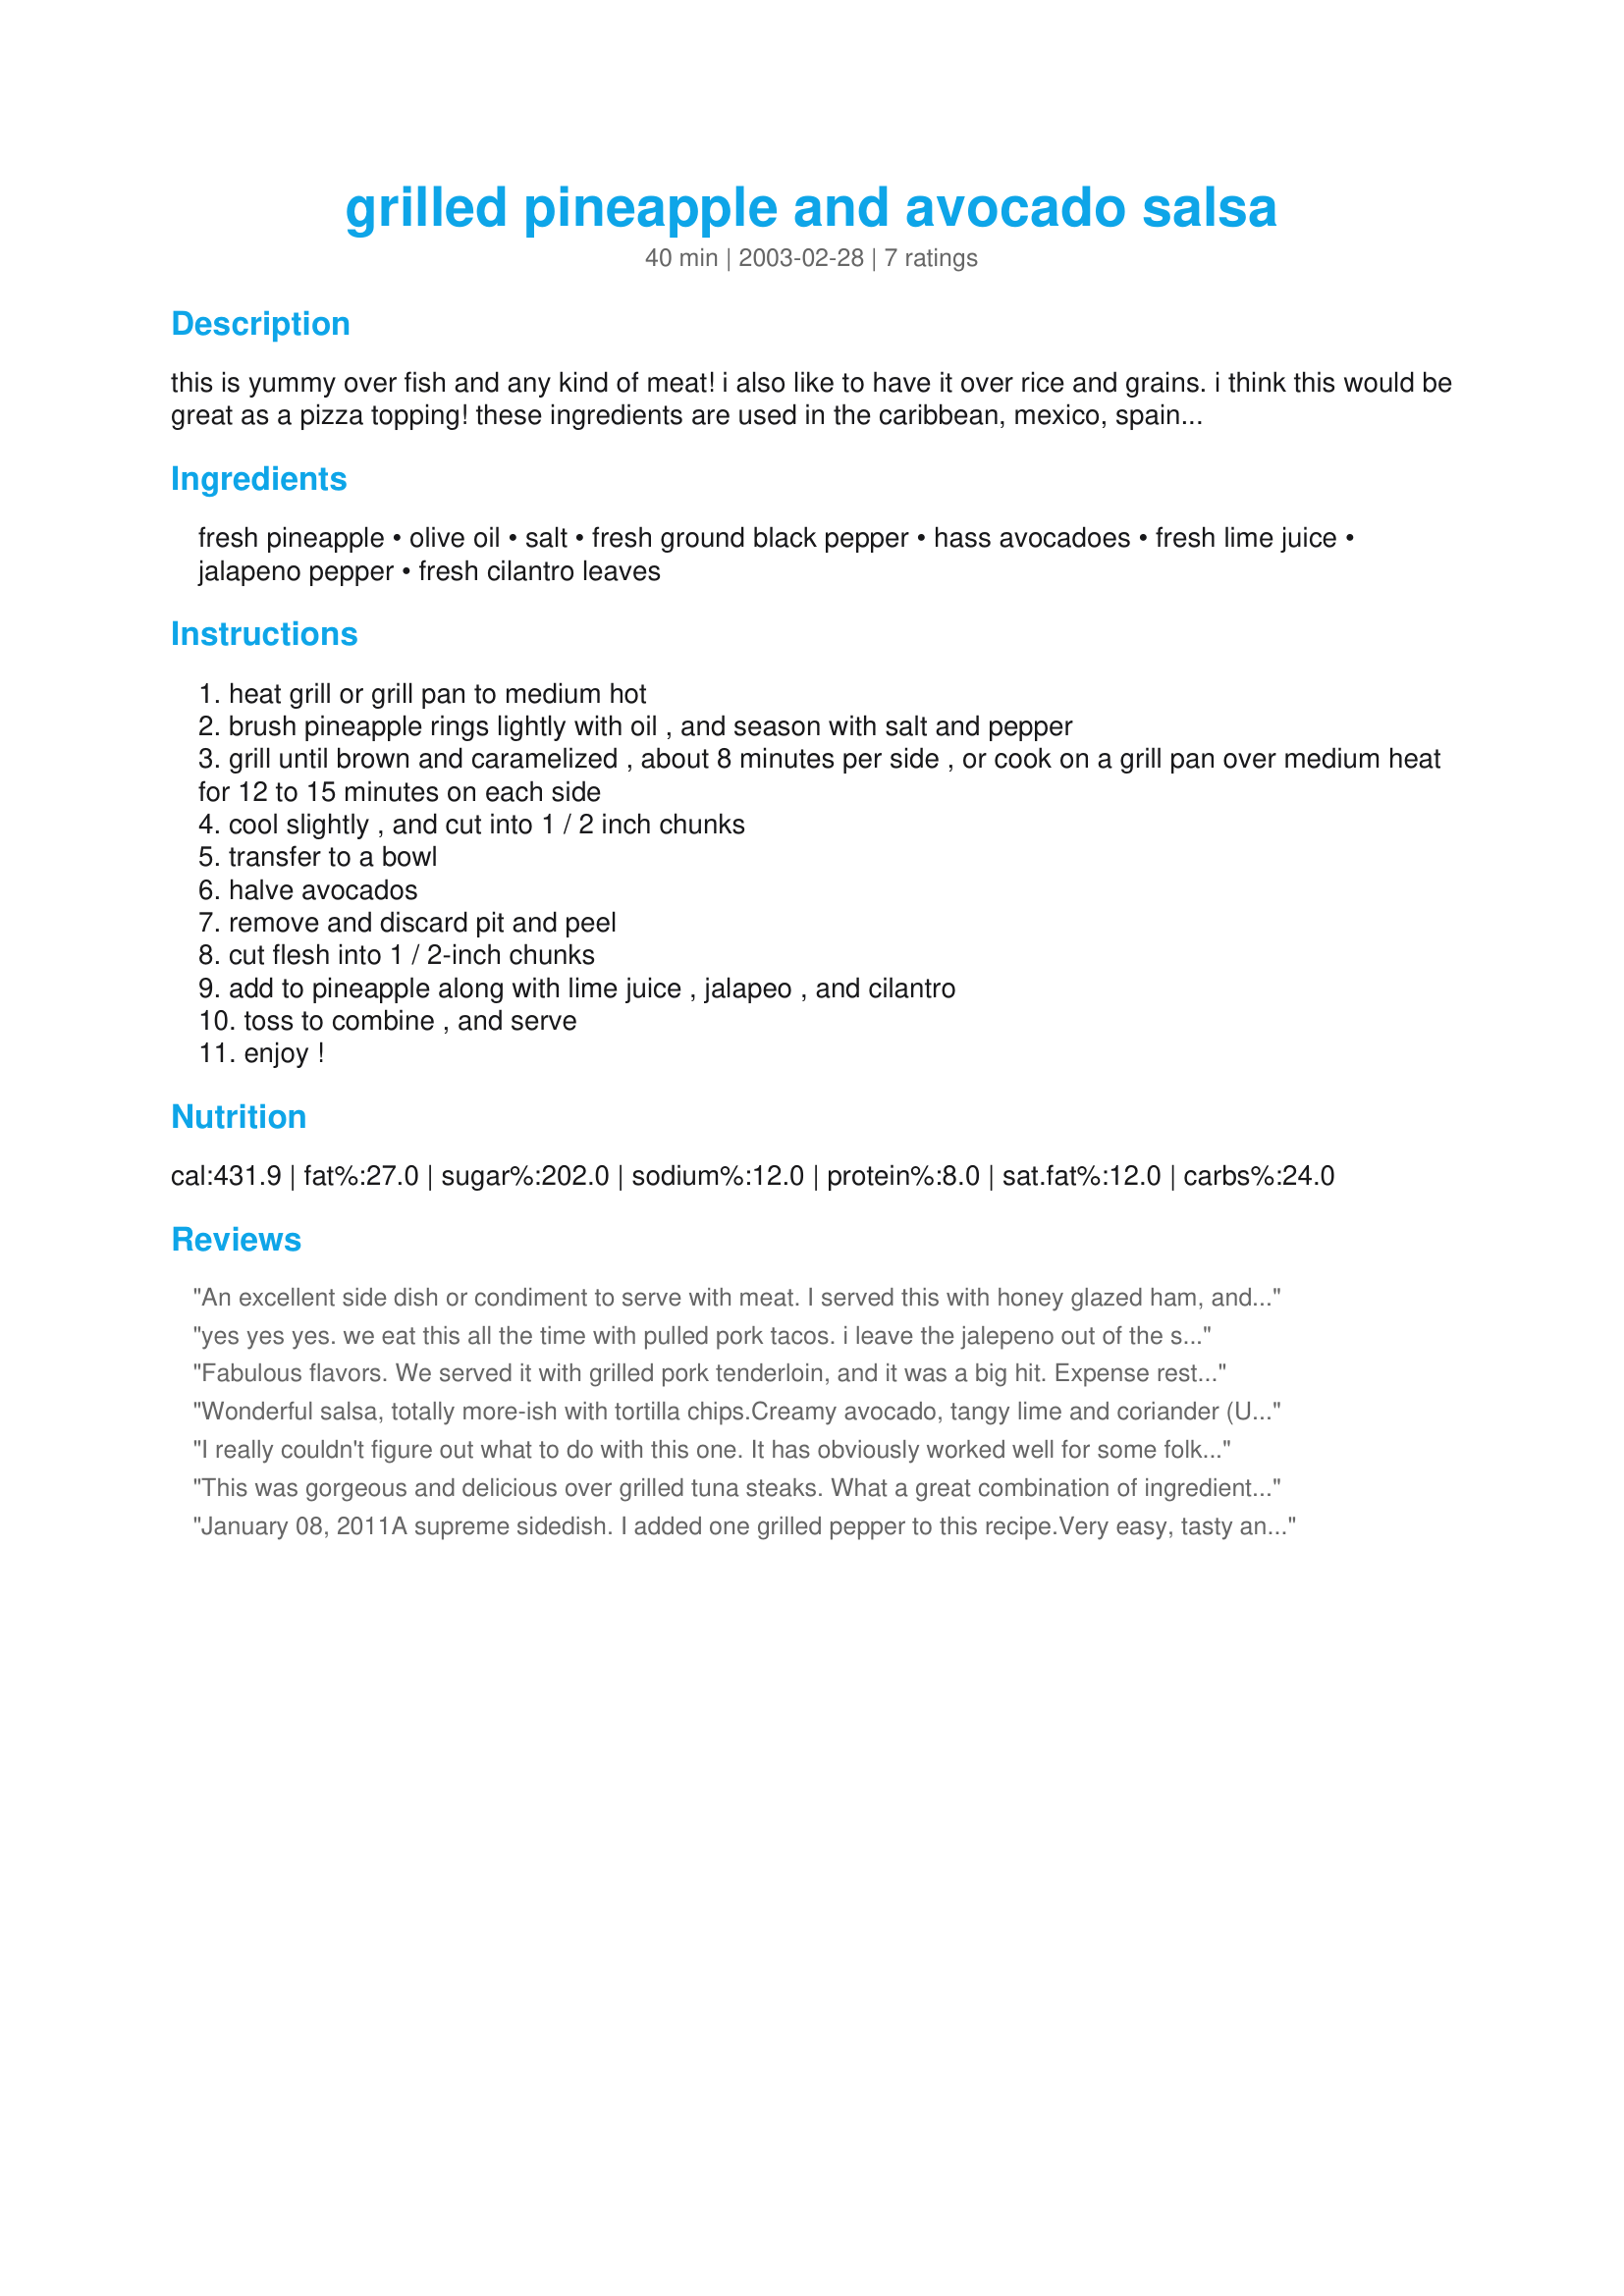
grilled pineapple and avocado salsa
Preparation time: 40 minutes

this is yummy over fish and any kind of meat! i also like to have it over rice and grains. i think this would be great as a pizza topping! these ingredients are used in the caribbean, mexico, spain and the southwest, also hawaii(western usa).

Ingredients:
fresh pineapple, olive oil, salt, fresh ground black pepper, hass avocadoes, fresh lime juice, jalapeno pepper, fresh cilantro leaves

Steps:
heat grill or grill pan to medium hot
brush pineapple rings lightly with oil , and season with salt and pepper
grill until brown and caramelized , about 8 minutes per side , or cook on a grill pan over medium heat for 12 to 15 minutes on each side
cool slightly , and cut into 1 / 2 inch chunks
transfer to a bowl
halve avocados
remove and discard pit and peel
cut flesh into 1 / 2-inch chunks
add to pineapple along with lime juice , jalapeo , and cilantro
toss to combine , and serve
enjoy !

Reviews:
An excellent side dish or condiment to serve with meat. I served this with honey glazed ham, and it was delicious. The grilled pineapple was a delight with the other ingredients. A very creative twist on salsa. Thanks so much for sharing this recipe. I would definately make this again.
yes yes yes. we eat this all the time with pulled pork tacos. i leave the jalepeno out of the salsa because the meat is already sooooo spicy (yum). there are NEVER any leftovers.
Fabulous flavors. We served it with grilled pork tenderloin, and it was a big hit. Expense restaurant flavor made at home. Gotta love it.
Wonderful salsa, totally more-ish with tortilla chips.Creamy avocado, tangy lime and coriander (UK Cilantro sub) with caramalised pineapple adding depth. A healthy addition to my repertoire (minus the chips!)
I really couldn't figure out what to do with this one. It has obviously worked well for some folks, so I spent a lot of time double-checking the instructions that I hadn't missed something, but it just never came together. It's not really a sauce, the components are in chunks. The rather large pineapple pieces, in comparison to the avocado, and the small quantity of jalapeno, made it difficult to use in a way that one could get a flavor-balanced mouthful. The grilled pineapple and the avocado each "mush" a little bit, which makes an attractive presentation difficult. It's not bad tasting, but I think these ingredients could be used more effectively.
This was gorgeous and delicious over grilled tuna steaks. What a great combination of ingredients; sweet, sour, hot and rich. A definite keeper, Sharon. Thanks.
January 08, 2011<br/>A supreme sidedish. I added one grilled pepper to this recipe.<br/>Very easy, tasty and light. Coreander is very important!<br/>Thanks a lot for posting it!<br/><br/>February 12, 2011<br/>Done again! So goood even without avocado! New photo added!<br/>January 05, 2011 I saw the stars were missing. I added the stars again.
